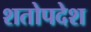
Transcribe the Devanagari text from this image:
शतोपदेश